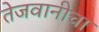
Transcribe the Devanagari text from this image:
तेजवानीचा